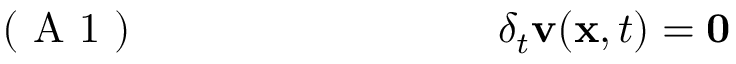
\mathrm { ~ ( ~ A ~ 1 ~ ) ~ } \; \; \; \; \; \; \; \; \; \; \; \; \; \; \; \; \; \; \; \; \; \; \; \; \; \; \; \; \; \; \delta _ { t } { \mathbf v } ( { \mathbf x } , t ) = { \mathbf 0 }